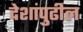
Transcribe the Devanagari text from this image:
देशांपुढील